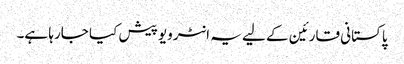
پاکستانی قارئین کے لیے یہ انٹرویو پیش کیا جارہا ہے۔